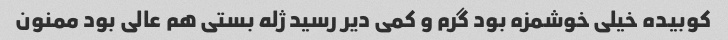
کوبیده خیلی خوشمزه بود گرم و کمی دیر رسید ژله بستی هم عالی بود ممنون